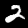
Digit: 2